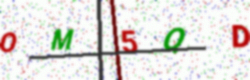
Text: OM5QD